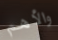
والأهم